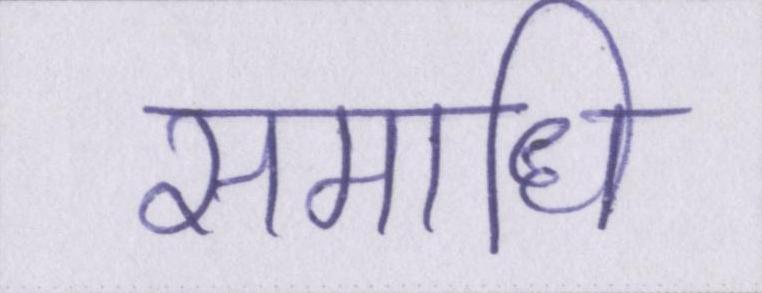
समाधि